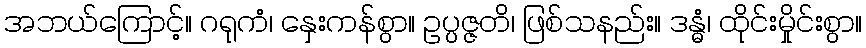
အဘယ်ကြောင့်။ ဂရုကံ၊ နှေးကန်စွာ။ ဥပ္ပဇ္ဇတိ၊ ဖြစ်သနည်း။ ဒန္ဓံ၊ ထိုင်းမှိုင်းစွာ။